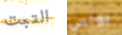
التبت بونس